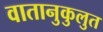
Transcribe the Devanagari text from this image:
वातानुकुलुत